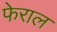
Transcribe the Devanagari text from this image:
फेराल